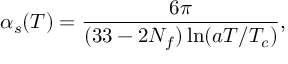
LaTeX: \alpha _ { s } ( T ) = { \frac { 6 \pi } { ( 3 3 - 2 N _ { f } ) \ln ( a T / T _ { c } ) } } ,